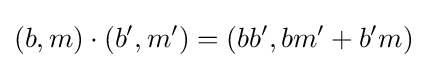
(b,m)\cdot (b',m')=(bb',bm'+b'm)